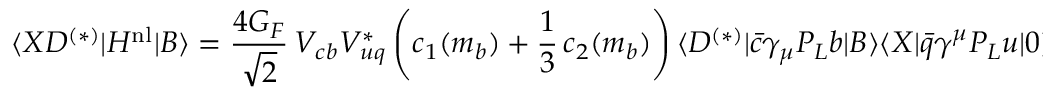
\langle X D ^ { ( * ) } | H ^ { \mathrm { n l } } | B \rangle = { \frac { 4 G _ { F } } { \sqrt 2 } } \, V _ { c b } V _ { u q } ^ { * } \left( c _ { 1 } ( m _ { b } ) + { \frac { 1 } { 3 } } \, c _ { 2 } ( m _ { b } ) \right) \langle D ^ { ( * ) } | \bar { c } \gamma _ { \mu } P _ { L } b | B \rangle \langle X | \bar { q } \gamma ^ { \mu } P _ { L } u | 0 \rangle + \dots \, ,